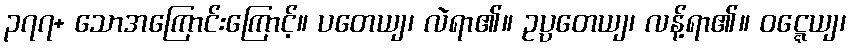
၃၇၇+ သောအကြောင်းကြောင့်။ ပတေယျ၊ လဲရာ၏။ ဥပ္ပတေယျ၊ လန့်ရာ၏။ ဝဋ္ဋေယျ၊